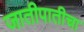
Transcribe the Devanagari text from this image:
जातीपातीचा